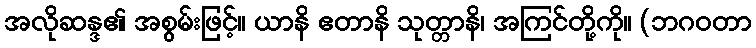
အလိုဆန္ဒ၏ အစွမ်းဖြင့်။ ယာနိ ဧတာနိ သုတ္တာနိ၊ အကြင်တို့ကို။ (ဘဂဝတာ